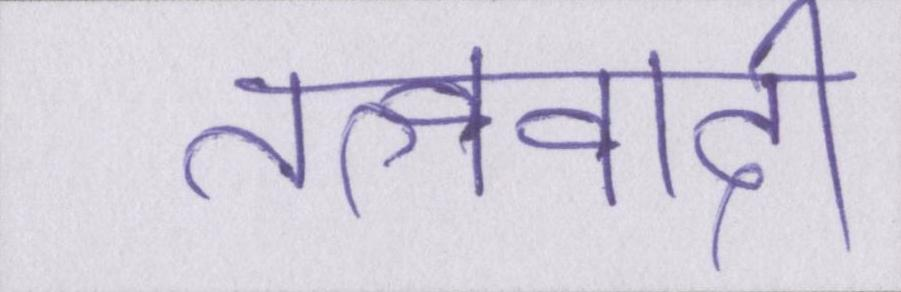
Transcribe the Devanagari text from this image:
तत्ववादी